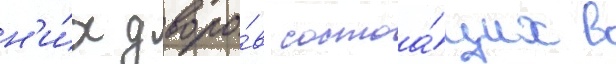
н'и́х дворо́в состоа́щих в